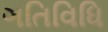
ગતિવિધિ